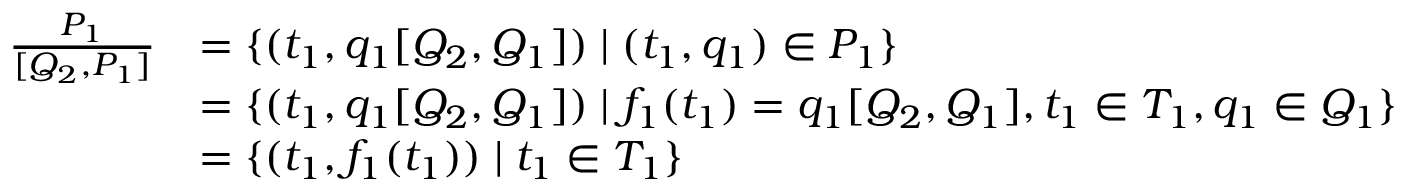
\begin{array} { r l } { \frac { P _ { 1 } } { [ Q _ { 2 } , P _ { 1 } ] } } & { = \{ ( t _ { 1 } , q _ { 1 } [ Q _ { 2 } , Q _ { 1 } ] ) \mid ( t _ { 1 } , q _ { 1 } ) \in P _ { 1 } \} } \\ & { = \{ ( t _ { 1 } , q _ { 1 } [ Q _ { 2 } , Q _ { 1 } ] ) \mid f _ { 1 } ( t _ { 1 } ) = q _ { 1 } [ Q _ { 2 } , Q _ { 1 } ] , t _ { 1 } \in T _ { 1 } , q _ { 1 } \in Q _ { 1 } \} } \\ & { = \{ ( t _ { 1 } , f _ { 1 } ( t _ { 1 } ) ) \mid t _ { 1 } \in T _ { 1 } \} } \end{array}